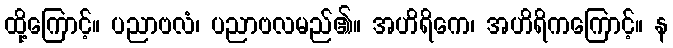
ထို့ကြောင့်။ ပညာဗလံ၊ ပညာဗလမည်၏။ အဟိရိကေ၊ အဟိရိကကြောင့်။ န